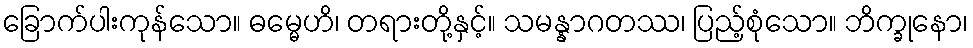
ခြောက်ပါးကုန်သော။ ဓမ္မေဟိ၊ တရားတို့နှင့်။ သမန္နာဂတဿ၊ ပြည့်စုံသော။ ဘိက္ခုနော၊